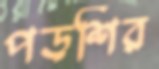
পড়শির